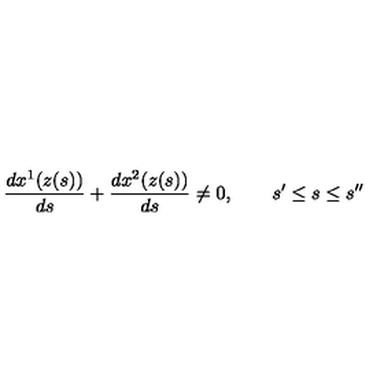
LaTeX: \frac { d x ^ { 1 } ( z ( s ) ) } { d s } + \frac { d x ^ { 2 } ( z ( s ) ) } { d s } \neq 0 , \quad \quad s ^ { \prime } \leq s \leq s ^ { \prime \prime }